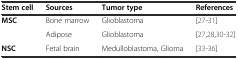
| Stem cell | Sources | Tumor type | References |
 | --- | --- | --- | --- |
 | <ROWSPAN=2> MSC | Bone marrow | Glioblastoma | [27–31] |
 | Adipose | Glioblastoma | [27, 28, 30–32] |
 | NSC | Fetal brain | Medulloblastoma, Glioma | [33–36] |